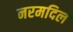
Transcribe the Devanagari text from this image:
नरमदिल